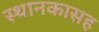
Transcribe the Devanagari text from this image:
स्थानकासह